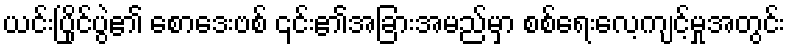
ယင်းပြိုင်ပွဲ၏ စောဒေးဗစ် ၎င်း၏အခြားအမည်မှာ စစ်ရေးလေ့ကျင့်မှုအတွင်း